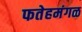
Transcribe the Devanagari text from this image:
फतेहमंगळ